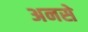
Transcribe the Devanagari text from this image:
अनसे